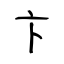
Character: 卞